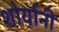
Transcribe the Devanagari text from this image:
शोर्यानी